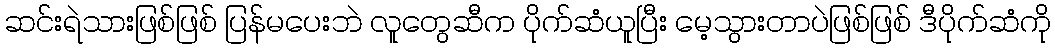
ဆင်းရဲသားဖြစ်ဖြစ် ပြန်မပေးဘဲ လူတွေဆီက ပိုက်ဆံယူပြီး မေ့သွားတာပဲဖြစ်ဖြစ် ဒီပိုက်ဆံကို